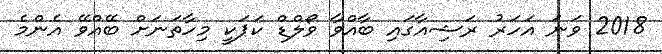
2018 ވަނަ އަހަރު ރަޝިއާގައި ބާއްވާ ވޯލްޑް ކަޕަކީ މިހާތަނަށް ބޭއްވޭ އެންމެ